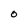
Character: O